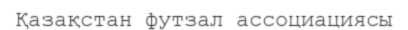
Қазақстан футзал ассоциациясы